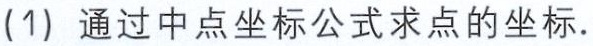
(1) 通过中点坐标公式求点的坐标.